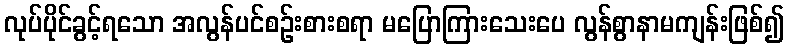
လုပ်ပိုင်ခွင့်ရသော အလွန်ပင်စဉ်းစားစရာ မပြောကြားသေးပေ လွန်စွာနာမကျန်းဖြစ်၍